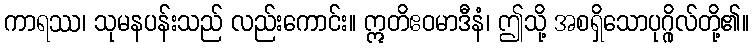
ကာရဿ၊ သုမနပန်းသည် လည်းကောင်း။ ဣတိဧဝမာဒီနံ၊ ဤသို့ အစရှိသောပုဂ္ဂိုလ်တို့၏။